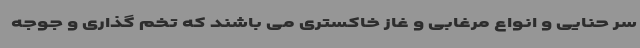
سر حنایی و انواع مرغابی و غاز خاکستری می باشند که تخم گذاری و جوجه